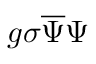
g \sigma { \overline { { \Psi } } } \Psi